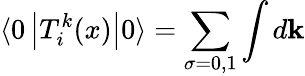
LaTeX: \langle 0\left|T_{i}^{k}(x)\right|0\rangle=\sum_{\sigma=0,1}\int d{\mathbf k}